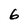
Character: 6